Indian journal of veterinary science and animal husbandry - Volumes 26-27, 1956-1957
Year: 1956
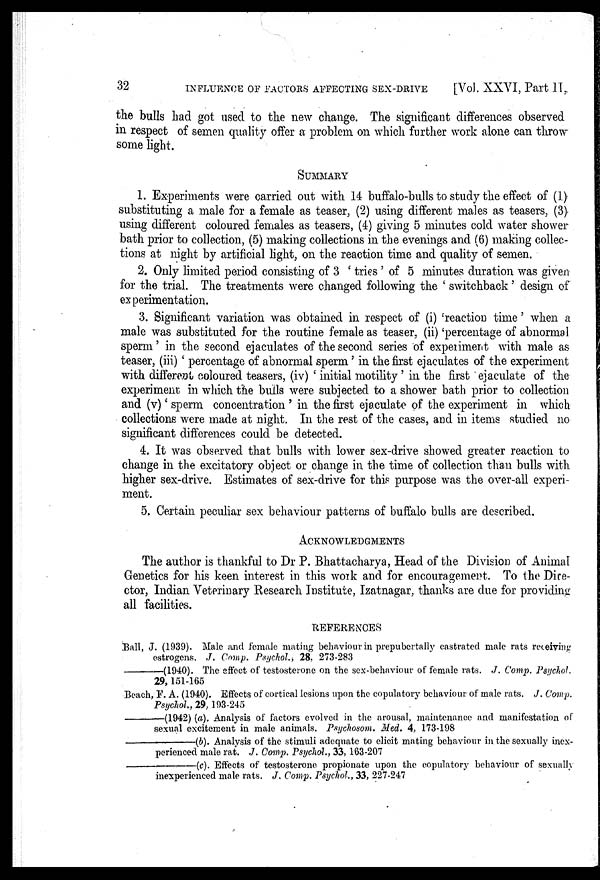
32
INFLUENCE OF FACTORS AFFECTING SEX-DRIVE
[Vol. XXVI, Part II,
the bulls had got used to the new change. The significant differences observed
in respect of semen quality offer a problem on which further work alone can throw
some light.
SUMMARY
1. Experiments were carried out with 14 buffalo-bulls to study the effect of (1)
substituting a male for a female as teaser, (2) using different males as teasers, (3)
using different coloured females as teasers, (4) giving 5 minutes cold water shower
bath prior to collection, (5) making collections in the evenings and (6) making collec-
tions at night by artificial light, on the reaction time and quality of semen.
2. Only limited period consisting of 3 ' tries ' of 5 minutes duration was given
for the trial. The treatments were changed following the ' switchback' design of
experimentation.
3. Significant variation was obtained in respect of (i) 'reaction time' when a
male was substituted for the routine female as teaser, (ii) 'percentage of abnormal
sperm' in the second ejaculates of the second series of experiment with male as
teaser, (iii) ' percentage of abnormal sperm ' in the first ejaculates of the experiment
with different coloured teasers, (iv) ' initial motility ' in the first ejaculate of the
experiment in which the bulls were subjected to a shower bath prior to collection
and (v) 'sperm concentration ' in the first ejaculate of the experiment in which
collections were made at night. In the rest of the cases, and in items studied no
significant differences could be detected.
4. It was observed that bulls with lower sex-drive showed greater reaction to
change in the excitatory object or change in the time of collection than bulls with
higher sex-drive. Estimates of sex-drive for this purpose was the over-all experi-
ment.
5. Certain peculiar sex behaviour patterns of buffalo bulls are described.
ACKNOWLEDGMENTS
The author is thankful to Dr P. Bhattacharya, Head of the Division of Animal
Genetics for his keen interest in this work and for encouragement. To the Dire-
ctor, Indian Veterinary Research Institute, Izatnagar, thanks are due for providing
all facilities.
REFERENCES
Ball, J. (1939). Male and female mating behaviour in prepubertally castrated male rats receiving
estrogens. J. Comp. Psychol., 28, 273-283
———(1940).
The effect of testosterone on the sex-behaviour of female rats. J. Comp. Psychol.
29, 151-165
Beach, F. A. (1940). Effects of cortical lesions upon the copulatory behaviour of male rats. J. Comp.
Psychol., 29, 193-245
———(1942)
(a). Analysis of factors evolved in the arousal, maintenance and manifestation of
sexual excitement in male animals. Psychosom. Med. 4, 173-198
———(b).
Analysis of the stimuli adequate to elicit mating behaviour in the sexually inex-
perienced male rat. J. Comp. Psychol., 33, 163-207
———(c).
Effects of testosterone propionate upon the copulatory behaviour of sexually
inexperienced male rats. J. Comp. Psychol., 33, 227-247